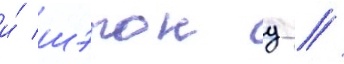
и́ шэрон д //